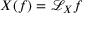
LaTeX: X ( f ) = { \mathcal { L } } _ { X } f